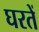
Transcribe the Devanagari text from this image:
घरतें